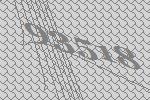
93518